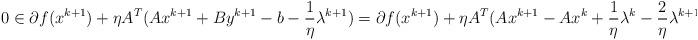
LaTeX: \begin{align*} 0 & \in \partial f(x^{k+1})+\eta A^T(Ax^{k+1}+By^{k+1}-b-\frac{1}{\eta}\lambda^{k+1}) = \partial f(x^{k+1})+\eta A^T(Ax^{k+1}-Ax^k+\frac{1}{\eta}\lambda^{k}-\frac{2}{\eta}\lambda^{k+1})\ . \end{align*}